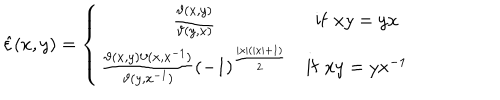
\hat { \varepsilon } ( x , y ) = \left\{ \begin{array} { c c } { { \frac { \vartheta ( x , y ) } { \vartheta ( y , x ) } } } & { { \mathrm { i f } \, \, x y = y x } } \\ { { \frac { \vartheta ( x , y ) \vartheta ( x , x ^ { - 1 } ) } { \vartheta ( y , x ^ { - 1 } ) } ( - 1 ) ^ { \frac { \left| x \right| ( \left| x \right| + 1 ) } { 2 } } } } & { { \mathrm { i f } \, \, x y = y x ^ { - 1 } } } \\ \end{array} \right.